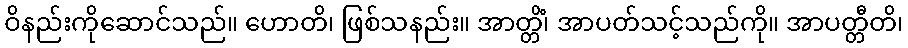
ဝိနည်းကိုဆောင်သည်။ ဟောတိ၊ ဖြစ်သနည်း။ အာတ္တိံ၊ အာပတ်သင့်သည်ကို။ အာပတ္တီတိ၊